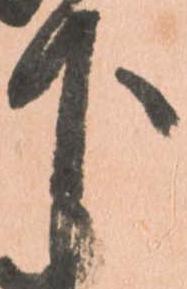
下